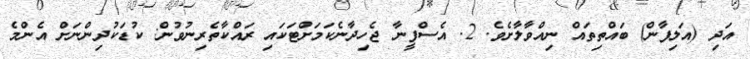
އަދި (އަލިފާން) ބައްތިތައް ނިއްވާލާށެވެ. 2. އެސްފީނާ ޖެހިދާނެކަމަށްޓަކައި ރައްކާތެރިނުވުން: ކުޑަކުދިންނަށް އެންމެ